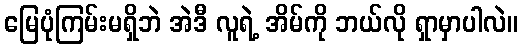
မြေပုံကြမ်းမရှိဘဲ အဲဒီ လူရဲ့ အိမ်ကို ဘယ်လို ရှာမှာပါလဲ။